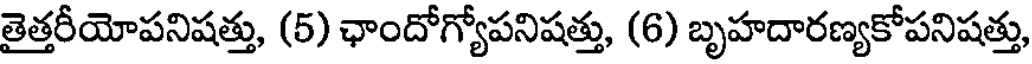
తైత్తరీయోపనిషత్తు, (5) ఛాందోగ్యోపనిషత్తు, (6) బృహదారణ్యకోపనిషత్తు,